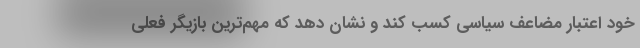
خود اعتبار مضاعف سیاسی کسب کند و نشان دهد که مهم‌ترین بازیگر فعلی